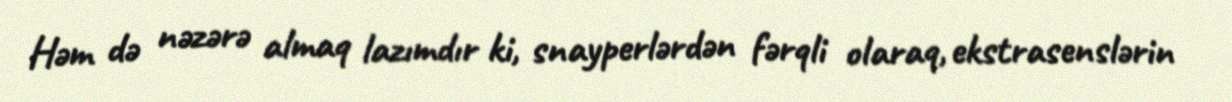
Həm də nəzərə almaq lazımdır ki, snayperlərdən fərqli olaraq, ekstrasenslərin